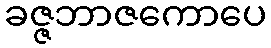
ခဇ္ဇဘာဇကောပေ